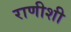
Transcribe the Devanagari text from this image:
राणीशी